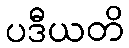
ပဒီယတိ